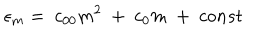
{ \epsilon } _ { m } = \ c _ { 0 0 } m ^ { 2 } \ + \ c _ { 0 } m \ + \ c o n s t